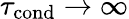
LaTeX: \tau_{\mathrm{cond}}\rightarrow\infty